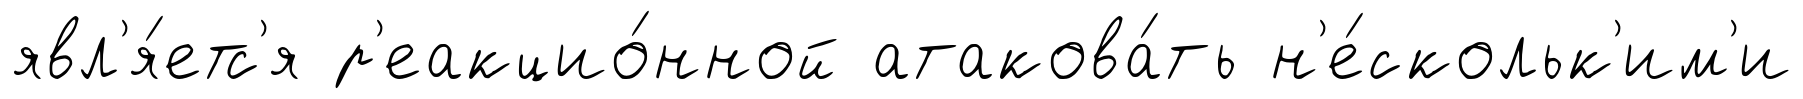
явл'я́етс'я р'еакцио́нной атакова́ть н'е́скольк'им'и